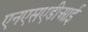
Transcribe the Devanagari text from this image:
एनएसएडीआई